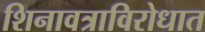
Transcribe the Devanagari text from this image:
शिनावत्राविरोधात